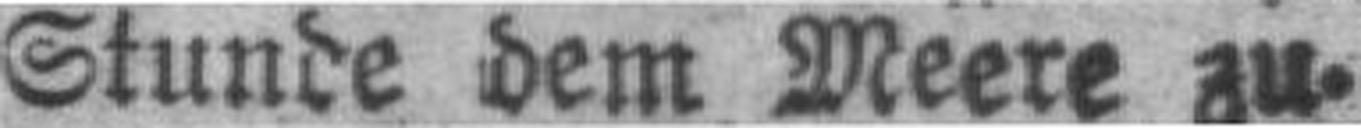
Stunde dem Meere zu.